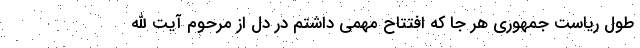
طول ریاست جمهوری هر جا که افتتاح مهمی داشتم در دل از مرحوم آیت الله